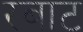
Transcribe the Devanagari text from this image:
रबाट